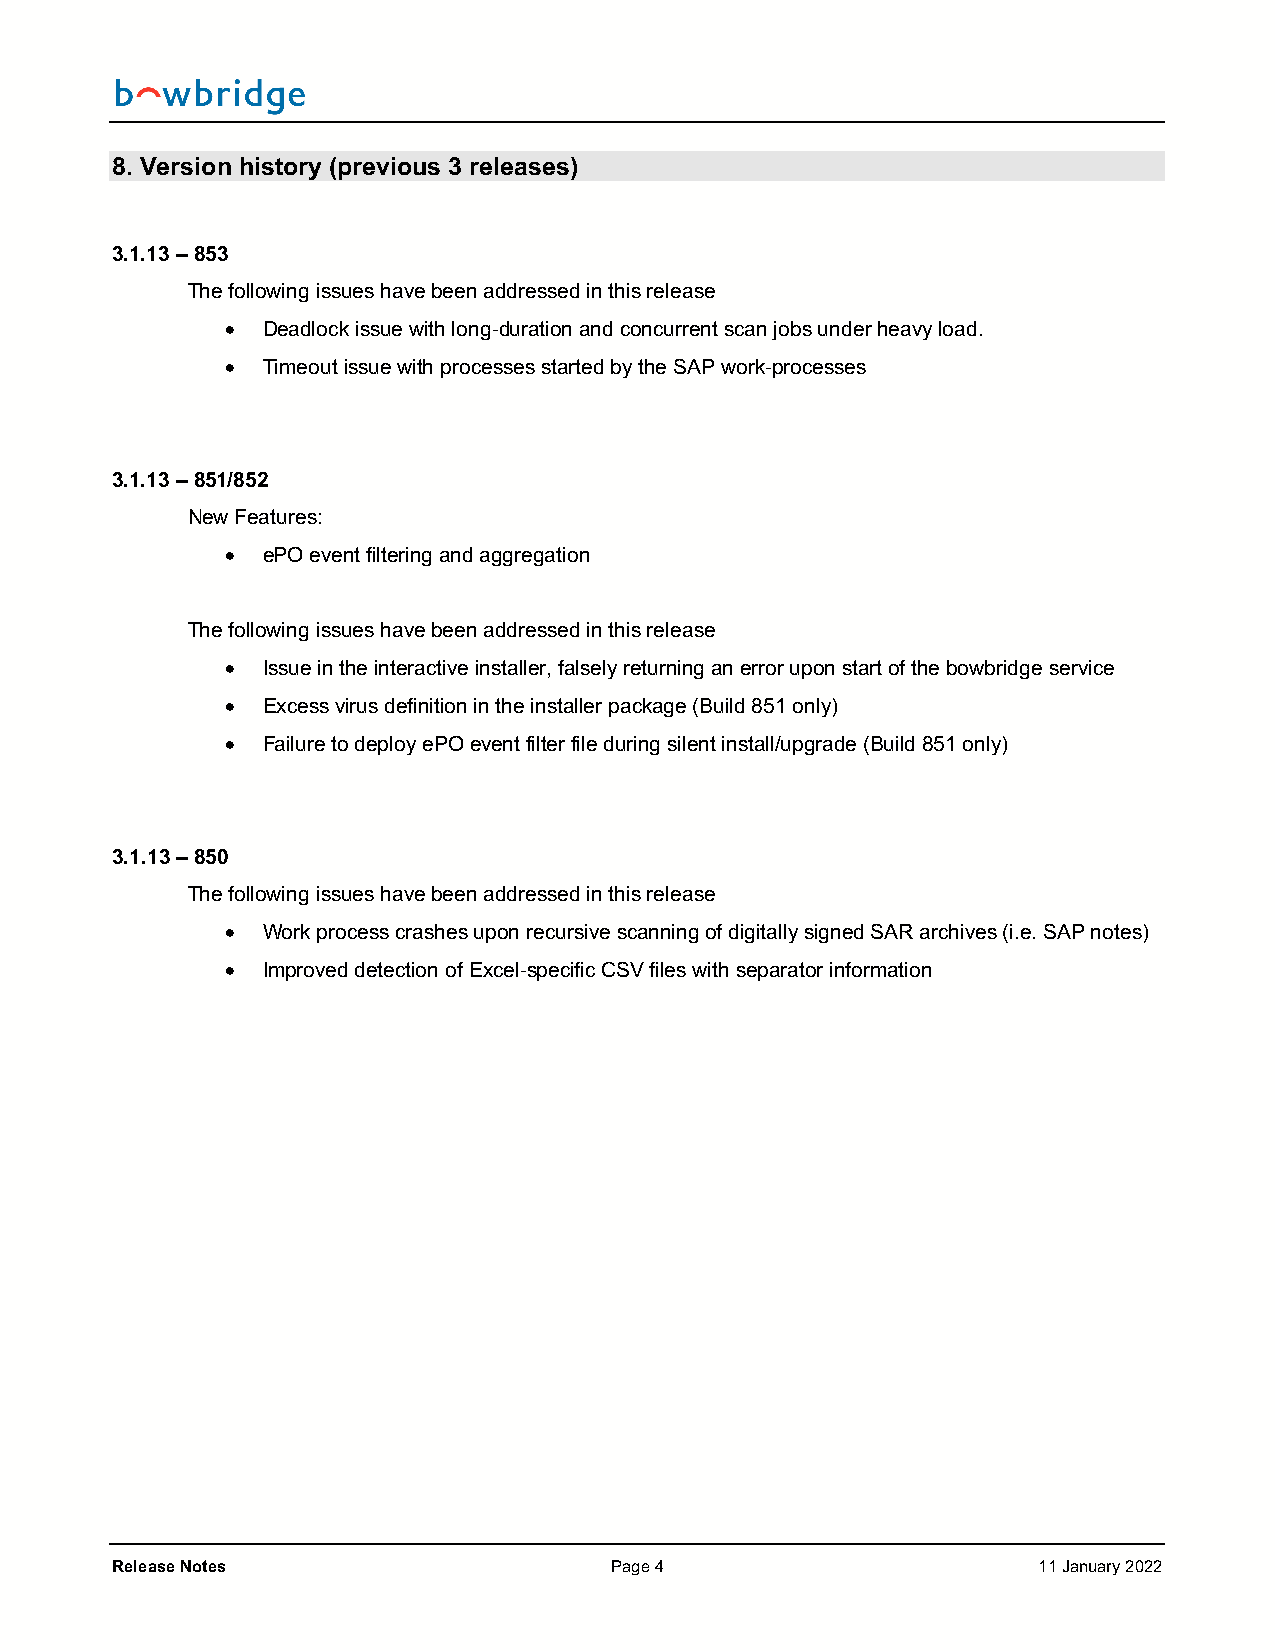
8. Version history (previous 3 releases)
 3.1.13 – 853
 The following issues have been addressed in this release
 • Deadlock issue with long-duration and concurrent scan jobs under heavy load.
 • Timeout issue with processes started by the SAP work-processes
 3.1.13 – 851/852
 New Features:
 • ePO event filtering and aggregation
 The following issues have been addressed in this release
 • Issue in the interactive installer, falsely returning an error upon start of the bowbridge service
 • Excess virus definition in the installer package (Build 851 only)
 • Failure to deploy ePO event filter file during silent install/upgrade (Build 851 only)
 3.1.13 – 850
 The following issues have been addressed in this release
 • Work process crashes upon recursive scanning of digitally signed SAR archives (i.e. SAP notes)
 • Improved detection of Excel-specific CSV files with separator information
 Release Notes                    Page 4                       11 January 2022